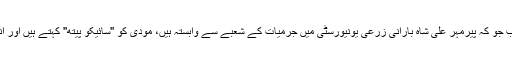
میرے محترم استاد جناب پروفیسر ملک مسعود اعوان صاحب جو کہ پیرمہر علی شاہ بارانی زرعی یونیورسٹی میں جرمیات کے شعبے سے وابستہ ہیں، مودی کو ''سائیکو پیتھ'' کہتے ہیں اور انھوں نے اس حوالے سے اس پر ایک مضمون بھی لکھا ہے۔